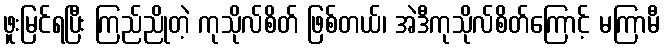
ဖူးမြင်ရပြီး ကြည်ညိုတဲ့ ကုသိုလ်စိတ် ဖြစ်တယ်၊ အဲဒီကုသိုလ်စိတ်ကြောင့် မကြာမီ